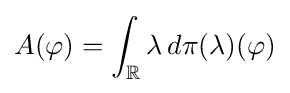
A(\varphi )=\int _{\mathbb {R} }\lambda \,d\pi (\lambda )(\varphi )